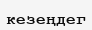
кезеңдег